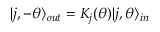
| j , - \theta \rangle _ { o u t } = K _ { j } ( \theta ) | j , \theta \rangle _ { i n }